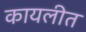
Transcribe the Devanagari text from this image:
कायलीत